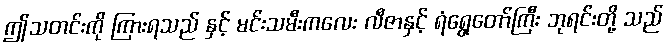
ဤသတင်းကို ကြားရသည် နှင့် မင်းသမီးကလေး လီဇာနှင့် ရံရွေတော်ကြီး ဘုရင်းတို့ သည်